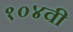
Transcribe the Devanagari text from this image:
१०४वी